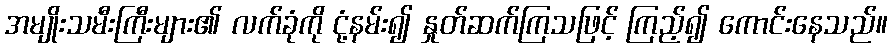
အမျိုးသမီးကြီးများ၏ လက်ခုံကို ငုံ့နမ်း၍ နှုတ်ဆက်ကြသဖြင့် ကြည့်၍ ကောင်းနေသည်။